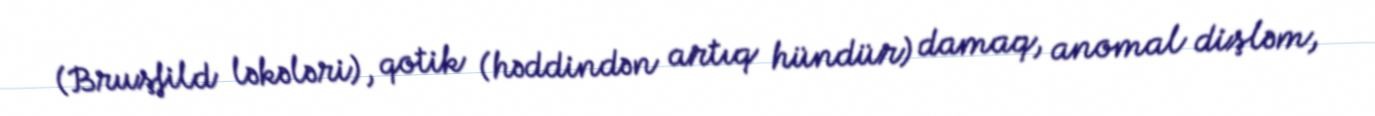
(Bruşfild ləkələri), qotik (həddindən artıq hündür) damaq, anomal dişləm,